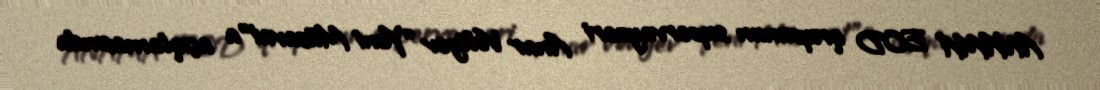
ANAMA EOD qrupunun supervayzeri Anar Vəliyev “Yeni Müsavat”a açıqlamasında